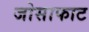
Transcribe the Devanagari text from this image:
जोसाफाट